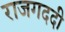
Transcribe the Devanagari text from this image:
राजगददी